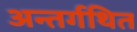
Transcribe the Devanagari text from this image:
अन्तर्गथित